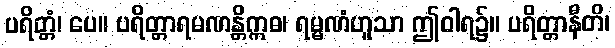
ပရိတ္တံ၊ ပေ။ ပရိတ္တာရမဏန္တိဣဓ၊ ရမ္မဏံဟူသာ ဤဝါရ၌။ ပရိတ္တာနီတိ၊